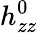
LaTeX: h_{zz}^{0}